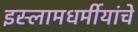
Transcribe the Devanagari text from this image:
इस्लामधर्मीयांचे